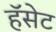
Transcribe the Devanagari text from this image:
हॅसेट